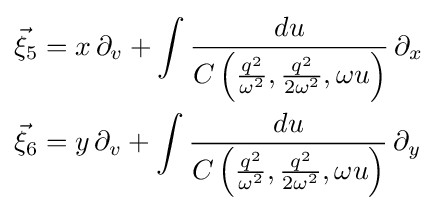
{\begin{aligned}{\vec {\xi }}_{5}&=x\,\partial _{v}+\int {\frac {du}{C\left({\frac {q^{2}}{\omega ^{2}}},{\frac {q^{2}}{2\omega ^{2}}},\omega u\right)}}\,\partial _{x}\\{\vec {\xi }}_{6}&=y\,\partial _{v}+\int {\frac {du}{C\left({\frac {q^{2}}{\omega ^{2}}},{\frac {q^{2}}{2\omega ^{2}}},\omega u\right)}}\,\partial _{y}\end{aligned}}